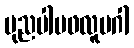
ပုညပါပဖလူပဂါ